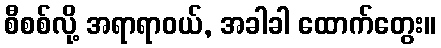
စီစစ်လို့ အရာရာဝယ်, အခါခါ ထောက်တွေး။